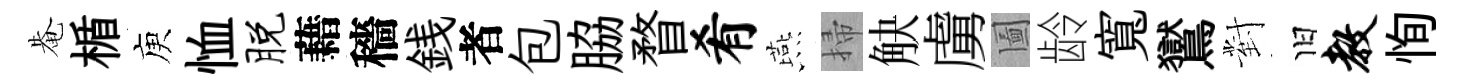
𤲅楯庾恤脱藉穡銭者包脇瞀肴燕掃觖虜圗龄寬鸑對旧教恂